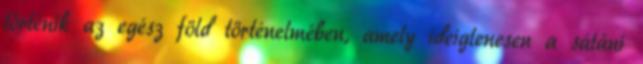
történik az egész föld történelmében, amely ideiglenesen a sátáni